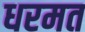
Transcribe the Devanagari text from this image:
धरमत